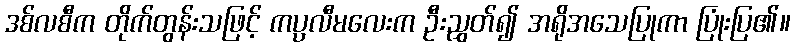
ဒစ်လစီက တိုက်တွန်းသဖြင့် ကပ္ပလီမလေးက ဦးညွှတ်၍ အရိုအသေပြုကာ ပြုံးပြ၏။